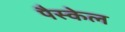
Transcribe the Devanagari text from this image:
पैस्केल